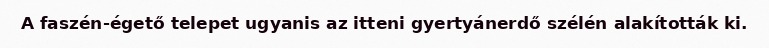
A faszén-égető telepet ugyanis az itteni gyertyánerdő szélén alakították ki.